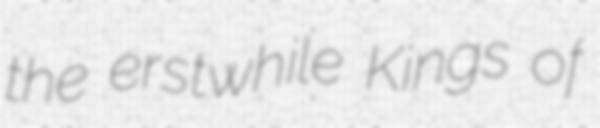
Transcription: the erstwhile Kings of